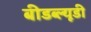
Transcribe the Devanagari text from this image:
बीडब्ल्यूडी